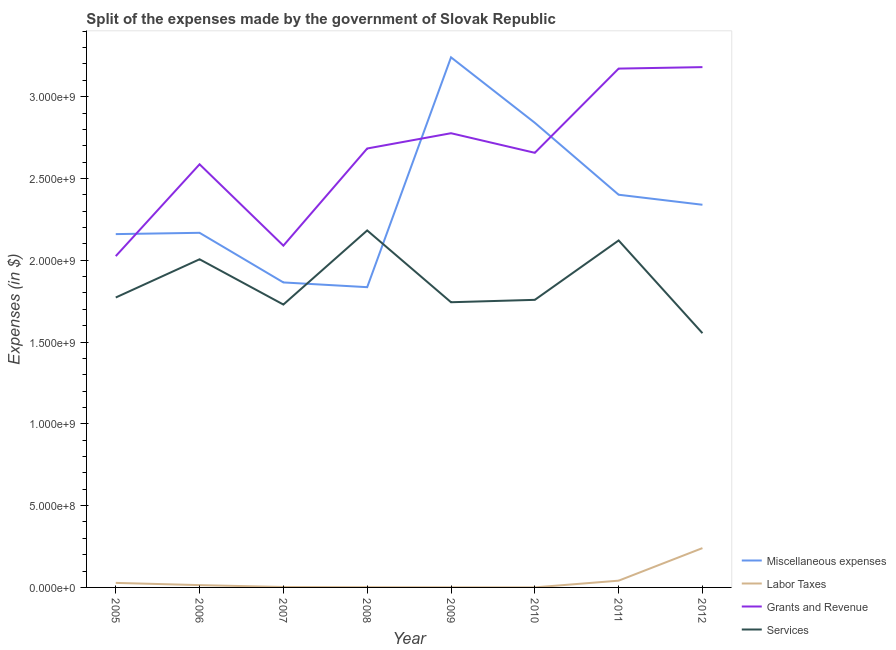
| Year | Miscellaneous expenses | Labor Taxes | Grants and Revenue | Services |
 | --- | --- | --- | --- | --- |
 | 2005 | 2.16e+09 | 2.77e+07 | 2.03e+09 | 1.77e+09 |
 | 2006 | 2.17e+09 | 1.41e+07 | 2.59e+09 | 2.01e+09 |
 | 2007 | 1.86e+09 | 2.58e+06 | 2.09e+09 | 1.73e+09 |
 | 2008 | 1.84e+09 | 1.39e+06 | 2.68e+09 | 2.18e+09 |
 | 2009 | 3.24e+09 | 7.25e+05 | 2.78e+09 | 1.74e+09 |
 | 2010 | 2.84e+09 | 3.61e+05 | 2.66e+09 | 1.76e+09 |
 | 2011 | 2.4e+09 | 4.13e+07 | 3.17e+09 | 2.12e+09 |
 | 2012 | 2.34e+09 | 2.4e+08 | 3.18e+09 | 1.55e+09 |